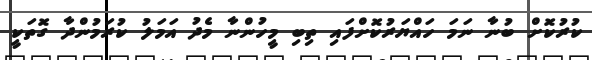
ކުރުކޮށް ބުނާ ނަމަ ހައްޔަރުކޮށްފައި ތިބި މީހުންނާ މެދު އަމަލު ކުރަމުންދާ ގޮތަކީ